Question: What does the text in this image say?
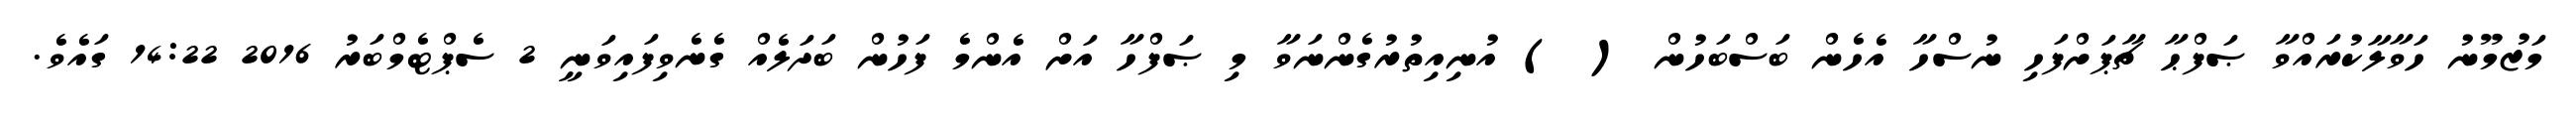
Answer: މަޒުމޫނު ހަވާލާކުރައްވާ ޞަފްޙާ ޗާޕަށްފަހި ނުސްހާ އެހެން ބަސްބަހުން ( ) އުނިއިތުރުގެންނަވާ މި ޞަފްހާ އަށް އެންމެ ފަހުން ބަދަލެއް ގެނެވިފައިވަނީ 2 ސެޕްޓެމްބަރު 2016 14:22 ގައެވެ.